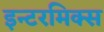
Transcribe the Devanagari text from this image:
इन्टरमिक्स